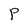
Character: P